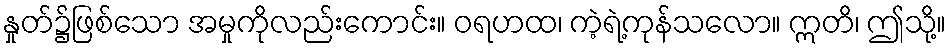
နှုတ်၌ဖြစ်သော အမှုကိုလည်းကောင်း။ ဝရဟထ၊ ကဲ့ရဲ့ကုန်သလော။ ဣတိ၊ ဤသို့။